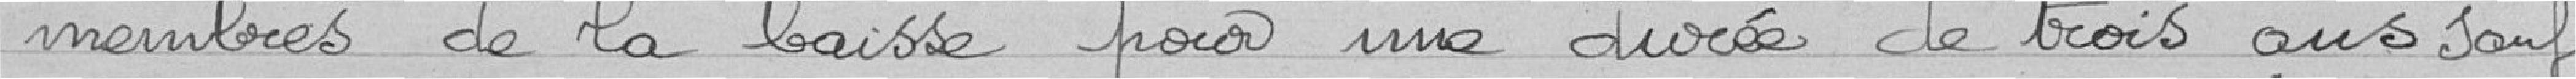
membres de la Caisse pour une durée de trois ans sauf